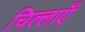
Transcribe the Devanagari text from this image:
चिल्लाएँ